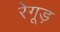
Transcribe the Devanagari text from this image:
रेगूड़